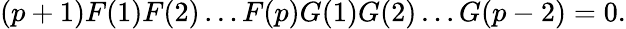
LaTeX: (p+1)F(1)F(2)\ldots F(p)G(1)G(2)\ldots G(p-2)=0.